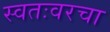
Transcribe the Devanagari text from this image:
स्वतःवरचा